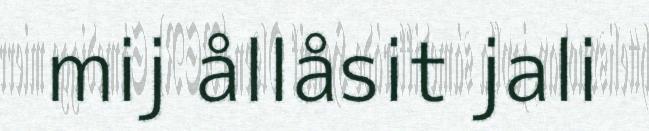
mij ållåsit jali